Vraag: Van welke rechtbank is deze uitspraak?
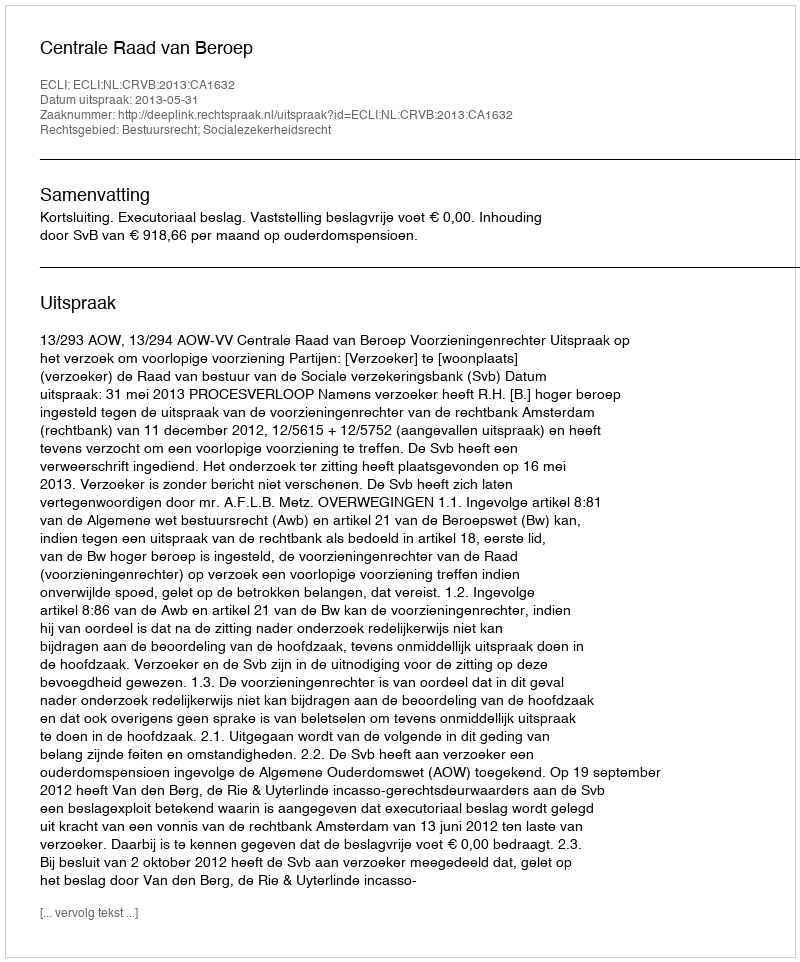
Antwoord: Centrale Raad van Beroep